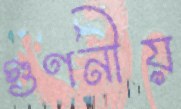
গুণনীয়